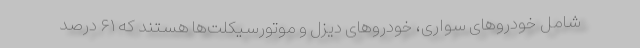
شامل خودروهای سواری، خودروهای دیزل و موتورسیکلت‌ها هستند که ۶۱ درصد